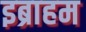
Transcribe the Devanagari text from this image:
इब्राहम